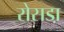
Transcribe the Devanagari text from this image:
रोसडा़